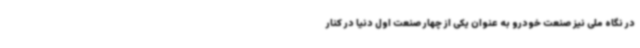
در نگاه ملی نیز صنعت خودرو به عنوان یکی از چهار صنعت اول دنیا در کنار